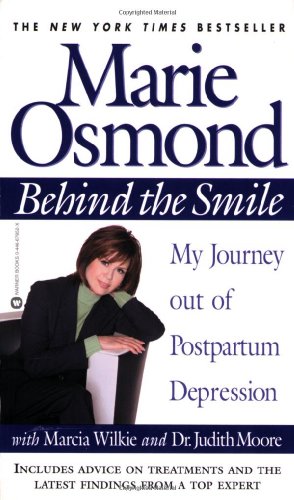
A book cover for Behind the Smile: My Journey out of Postpartum Depression; Marie Osmond; Health, Fitness & Dieting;